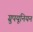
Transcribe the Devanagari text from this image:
ग्रुपयूनियन